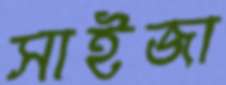
সাইজা